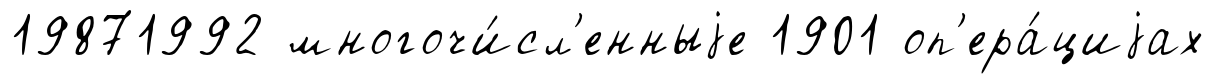
19871992 многочи́сл'енныjе 1901 оп'ера́циjах